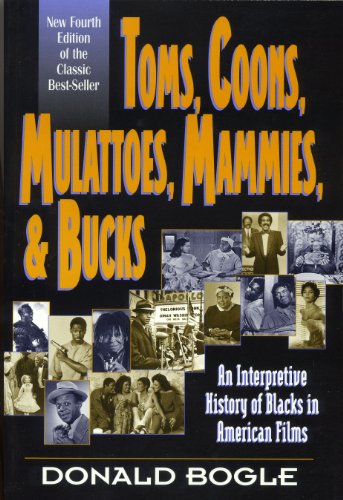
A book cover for Toms, Coons, Mulattoes, Mammies, and Bucks: An Interpretive History of Blacks in American Films, Fourth Edition; Donald Bogle; Humor & Entertainment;